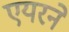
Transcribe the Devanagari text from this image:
एयरने